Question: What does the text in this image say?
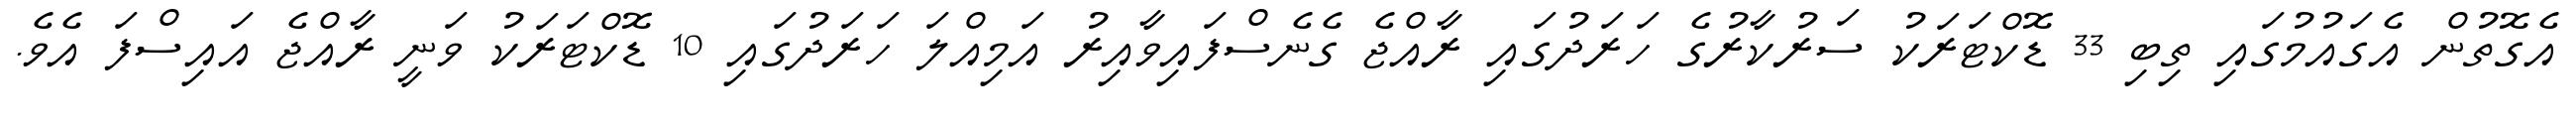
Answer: އެގޮތުން އެގައުމުގައި ތިބި 33 ޑޮކްޓަރަކު ސަރުކާރުގެ ހަރަދުގައި ރާއްޖެ ގެނެސްފައިވާއިރު އަމިއްލަ ހަރަދުގައި 10 ޑޮކްޓަރަކު ވަނީ ރާއްޖެ އައިސްފަ އެވެ.